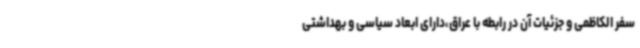
سفر الکاظمی و جزئیات آن در رابطه با عراق،دارای ابعاد سیاسی و بهداشتی